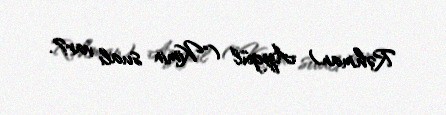
Rəhman) Aygül ("Kimin sualı var?.